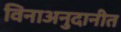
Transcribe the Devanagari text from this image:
विनाअनुदानीत